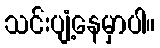
သင်းပျံ့နေမှာပါ။